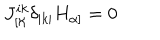
LaTeX: J _ { [ \aleph } ^ { i k } \delta _ { | k | } H _ { \alpha ] } = 0